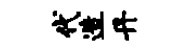
代造丹